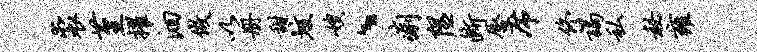
裘堇擢洄做以册甜垓嫂、痢隰断唇席佟谒私秘雍